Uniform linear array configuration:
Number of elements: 16
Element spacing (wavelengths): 0.25
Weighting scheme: hamming
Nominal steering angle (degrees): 45
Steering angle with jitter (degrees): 44.476
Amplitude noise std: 0.05
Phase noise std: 0.05

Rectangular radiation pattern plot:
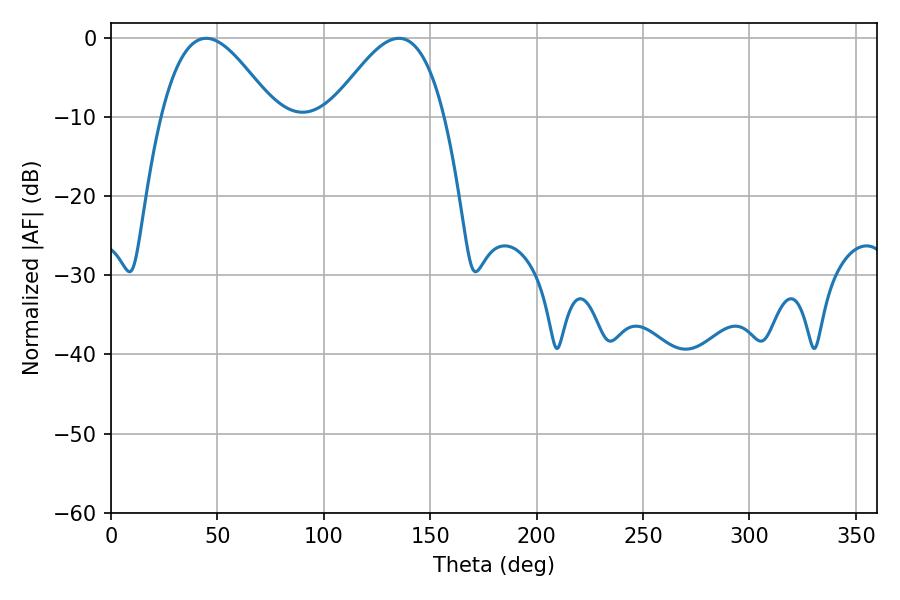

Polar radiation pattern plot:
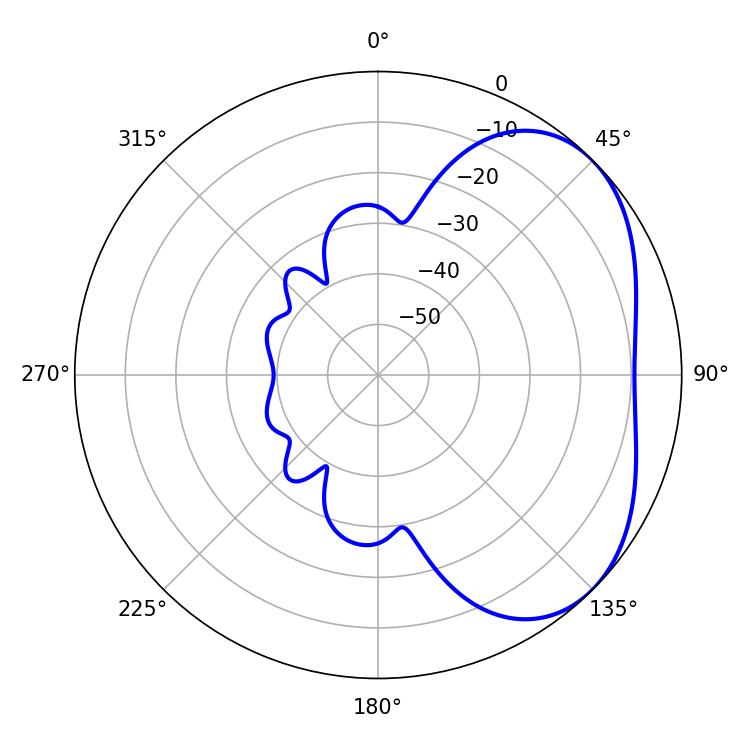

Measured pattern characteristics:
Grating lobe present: FALSE
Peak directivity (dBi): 3.775
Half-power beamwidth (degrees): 28.8
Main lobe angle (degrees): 44.64